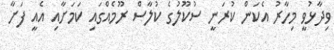
ވިދާޅުވީ މިހާރު އެކަން ކުރަނީ ސުކޫލުގެ ކުލާސް ރޫމެއްގައި ކަމަށާއި އެއީ ފަށާ